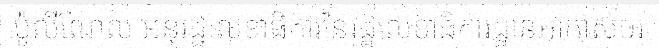
ប៉ូលីណែល អនុរដ្ឋលេខាធិការនៃរដ្ឋលេខាធិការដ្ឋានអាកាសចរ